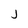
Character: j